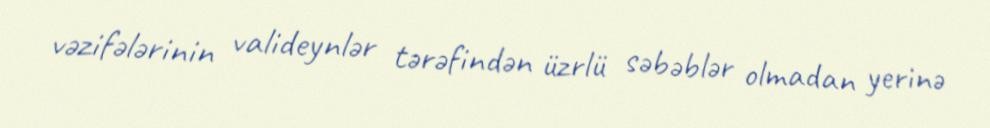
vəzifələrinin valideynlər tərəfindən üzrlü səbəblər olmadan yerinə